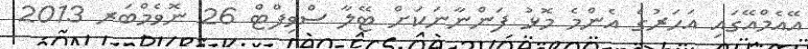
އޭއެމްއޭގައި އަހަރުގެ އެންމެ މޮޅު ފަންނާނަކަށް ޓޭލާ ސްވިފްޓް 26 ނޮވެމްބަރ 2013